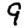
Digit: 9